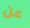
عن